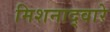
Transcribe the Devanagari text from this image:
मिशनाद्वारे